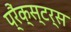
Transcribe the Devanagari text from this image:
प्रैंक्स्टर्स